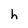
Character: h